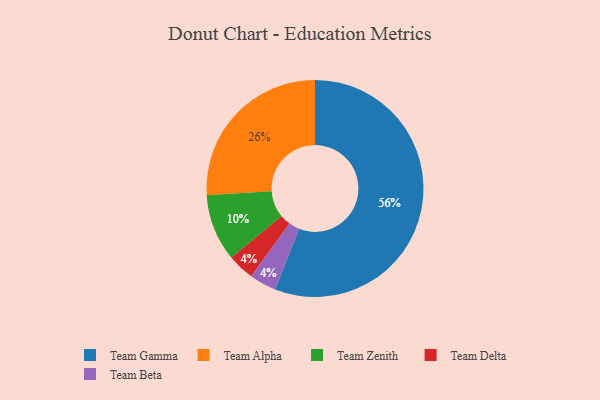
{"axis": {"x": "Category", "y": "Percentage"}, "legend": ["Team Alpha", "Team Beta", "Team Delta", "Team Gamma", "Team Zenith"], "data": [{"x": "Team Delta", "y": 4, "type": "Team Delta"}, {"x": "Team Beta", "y": 4, "type": "Team Beta"}, {"x": "Team Gamma", "y": 56, "type": "Team Gamma"}, {"x": "Team Zenith", "y": 10, "type": "Team Zenith"}, {"x": "Team Alpha", "y": 26, "type": "Team Alpha"}]}